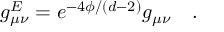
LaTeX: g _ { \mu \nu } ^ { E } = e ^ { - 4 \phi / ( d - 2 ) } g _ { \mu \nu } \quad .